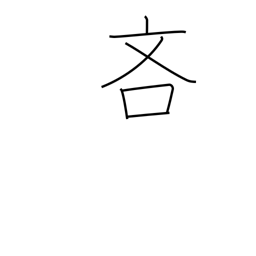
Meaning: sparing